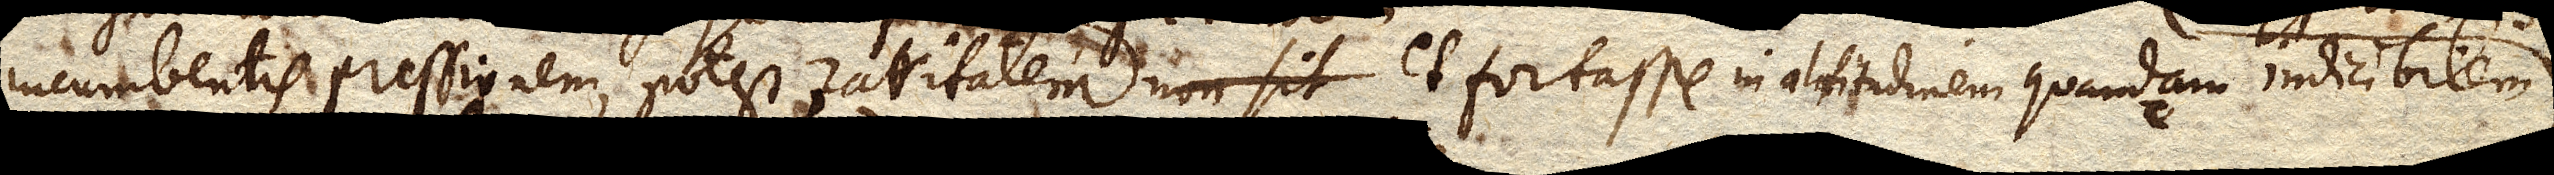
incumbentis pressionem, potest raritatem non sit et fortasse in altitudinem quandam indicibilem